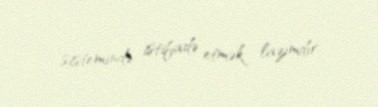
sistemində istifadə etmək lazımdır.